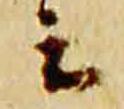
云